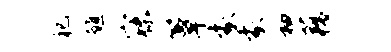
祀醮寐簟象象袖藕